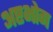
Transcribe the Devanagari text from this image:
अष्टभोग